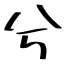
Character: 兮